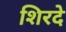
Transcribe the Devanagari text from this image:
शिरदे